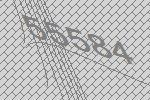
55584